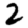
Digit: 2